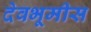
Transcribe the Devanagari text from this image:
देवभूमीस